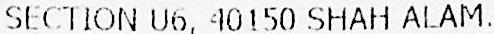
SECTION U6, 40150 SHAH ALAM.